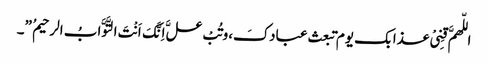
اللّهمَّ قِنِیْ عذابک یوم تبعث عبادکَ،وتُبْ علَّ اِنَّکَ اَنْتَ التَّوَّابُ الرحیمُ ”۔